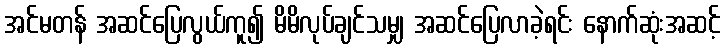
အင်မတန် အဆင်ပြေလွယ်ကူ၍ မိမိလုပ်ချင်သမျှ အဆင်ပြေလာခဲ့ရင်း နောက်ဆုံးအဆင့်